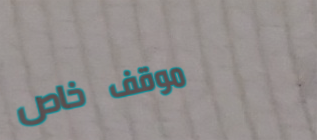
موقف خاص